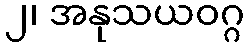
၂၊ အနုသယဝဂ္ဂ